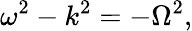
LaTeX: \omega^{2}-k^{2}=-\Omega^{2},